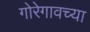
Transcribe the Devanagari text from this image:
गोरेगावच्या